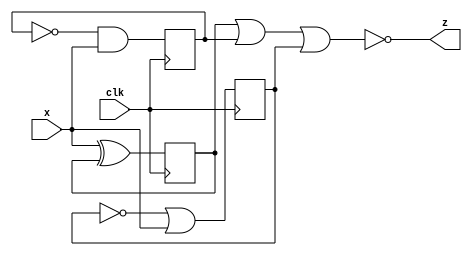
module top_module (
    input clk,
    input x,
    output z
); 
    reg q1, q2, q3;
    wire d1, d2, d3;
    
    assign d1 = x ^ q1;
    assign d2 = (~q2) & x;
    assign d3 = (~q3) | x;
    
    always @ (posedge clk) begin
        q1 <= d1;
        q2 <= d2;
        q3 <= d3;
    end	
    
    assign z = ~(q1 | q2 | q3);

endmodule